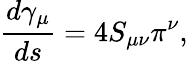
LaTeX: \frac{d\gamma_{\mu}}{ds}=4S_{\mu\nu}\pi^{\nu},